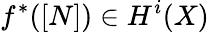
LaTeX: f^{*}([N])\in H^{i}(X)